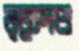
মৃত্যুদণ্ড